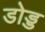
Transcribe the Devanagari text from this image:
डोड्ड